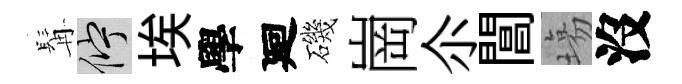
髯伫埃學廻磯崗尒閶塲沒